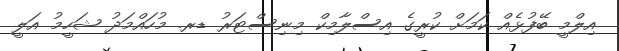
އިލްމީ ބޭފުޅެއް ކަމަށް ކުރީގެ އިސްލާމިކް މިނިސްޓަރު ޑރ. މުހައްމަދު ޝަހީމު އަލީ